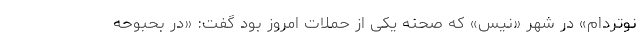
نوتردام» در شهر «نیس» که صحنه یکی از حملات امروز بود گفت: «در بحبوحه